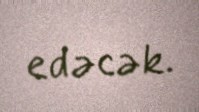
edəcək.